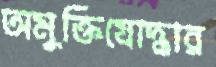
অমুক্তিযোদ্ধার